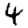
Digit: 4